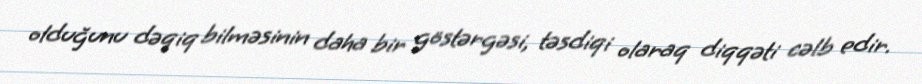
olduğunu dəqiq bilməsinin daha bir göstərgəsi, təsdiqi olaraq diqqəti cəlb edir.